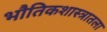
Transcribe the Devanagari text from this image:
भौतिकशास्त्रातला